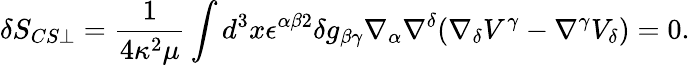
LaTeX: \delta S_{CS\perp}=\frac{1}{4\kappa^{2}\mu}\int d^{3}x\epsilon^{\alpha\beta 2}\delta g_{\beta\gamma}\nabla_{\alpha}\nabla^{\delta}(\nabla_{\delta}V^{\gamma}-\nabla^{\gamma}V_{\delta})=0.